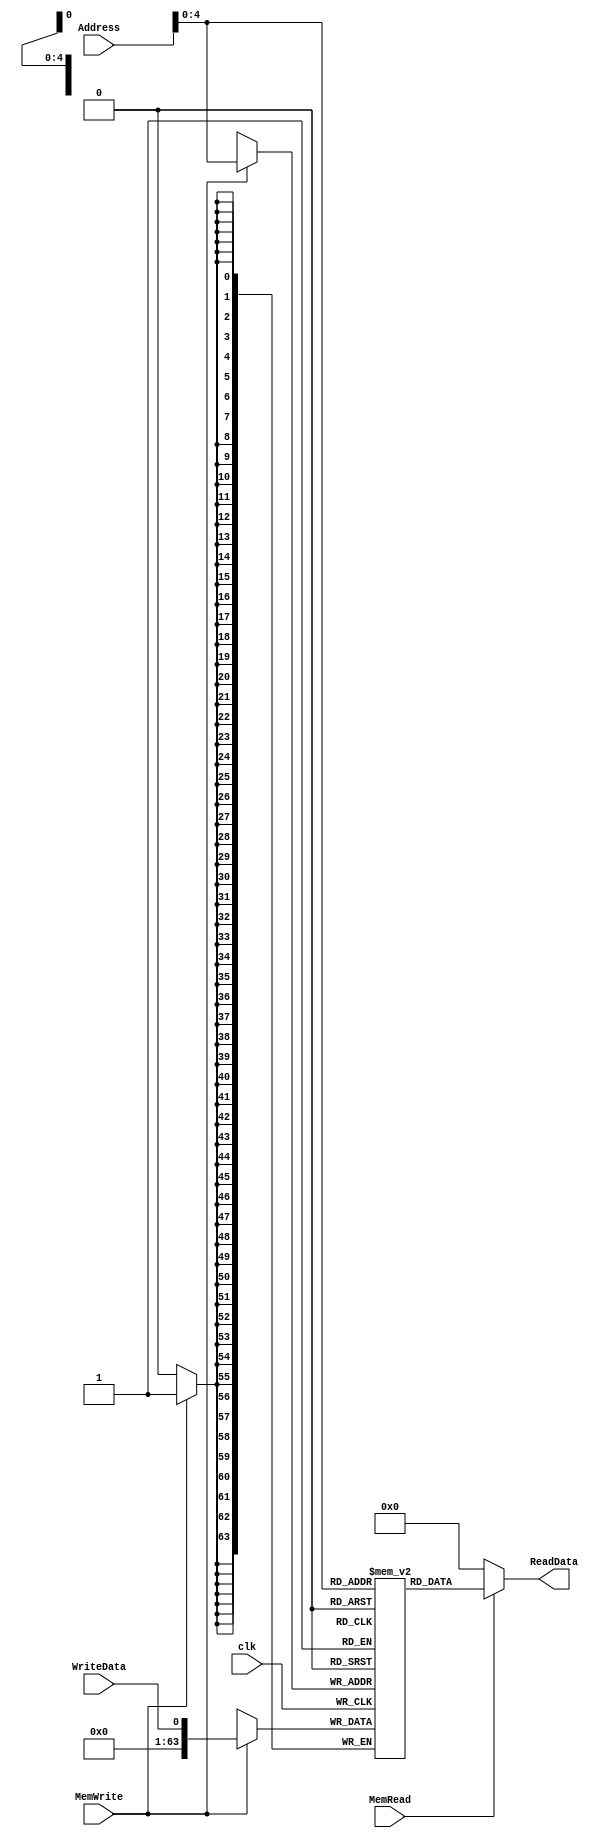
module DataMem_Class(Address,WriteData,MemWrite,MemRead,ReadData,clk);   //DONE
	
	reg [63:0]mem[0:31];	//the memory
	input [63:0]Address;
	input clk;
	input MemWrite;
	input WriteData;
	input MemRead;
	output [63:0]ReadData;
	integer k;
	assign ReadData=((MemRead)? mem[Address]: 0 );
initial 
begin
for (k = 0; k< 32;k = k + 1)
mem[k] = 0;
mem[0] = 5;
mem[1] = 5;
mem[2] = 5;
mem[3] = 5;
mem[4] = 5;
	end
	
	always @(posedge clk)
	begin
	      if(MemWrite == 1'b1)
	        mem[Address] = WriteData;
	end

endmodule